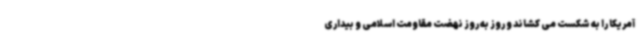
آمریکا را به شکست می کشاند و روز به‌ روز نهضت مقاومت اسلامی و بیداری